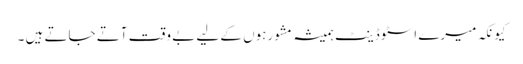
کیونکہ میرے اسٹوڈینٹ ہمیشہ مشورہوں کے لیے بے وقت آتے جاتے ہیں ۔